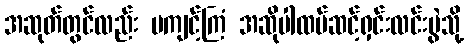
အဆုတ်တွင်လည်း မကျင့်ကြံ အဆိုပါထပ်ဆင့်ရှင်းလင်းပွဲသို့